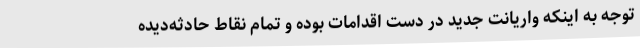
توجه به اینکه واریانت جدید در دست اقدامات بوده و تمام نقاط حادثه‌دیده